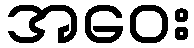
အဝေး